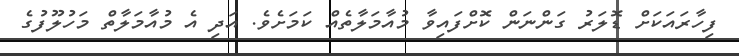
ފިހާރައަކަށް ޑޮލަރު ގަންނަން ކޮށްފައިވާ މުއާމަލާތެއް ކަމަށެވެ. އަދި އެ މުއާމަލާތް މަހުލޫފުގެ